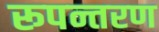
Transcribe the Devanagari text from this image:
रूपन्तरण